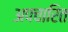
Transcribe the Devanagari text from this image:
अपचारित